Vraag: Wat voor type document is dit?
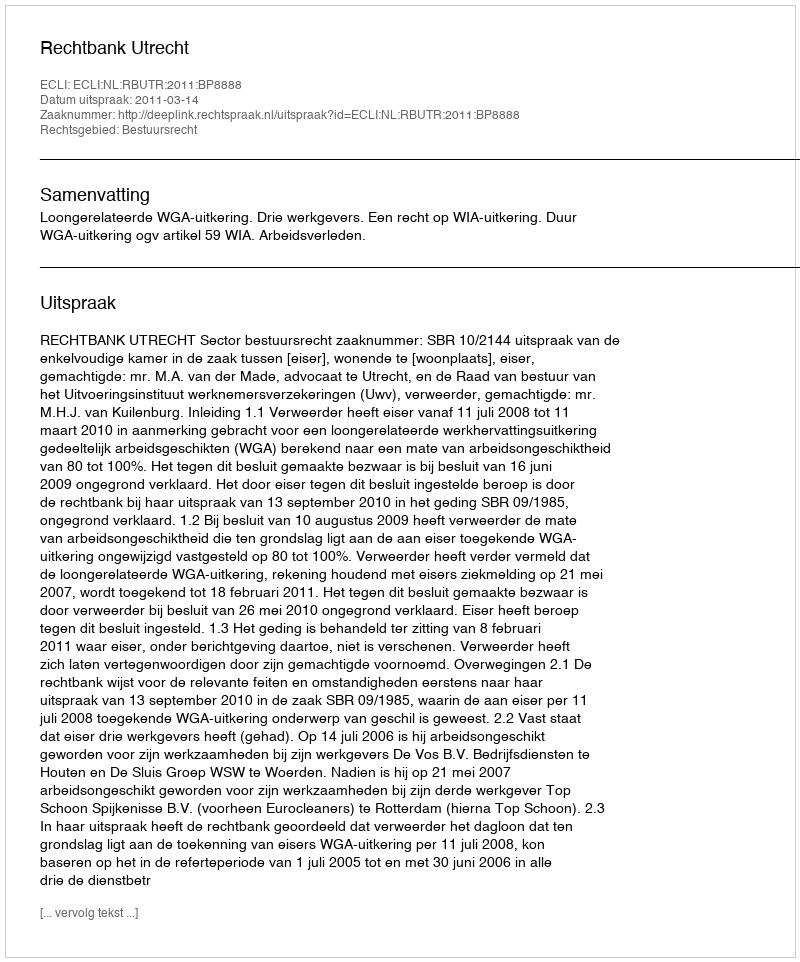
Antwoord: Uitspraak